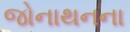
જોનાથનના